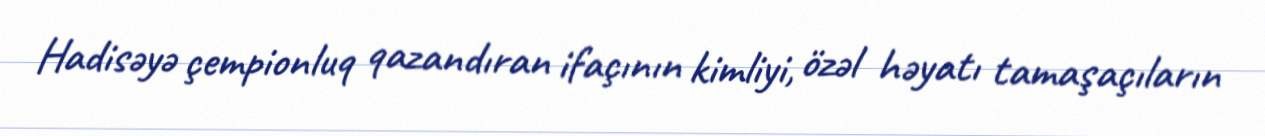
Hadisəyə çempionluq qazandıran ifaçının kimliyi, özəl həyatı tamaşaçıların